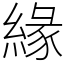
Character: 緣